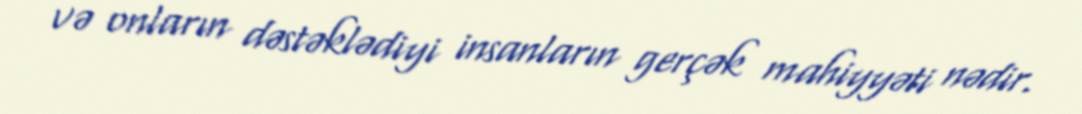
və onların dəstəklədiyi insanların gerçək mahiyyəti nədir.